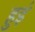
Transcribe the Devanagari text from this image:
हुइं